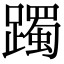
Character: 躅